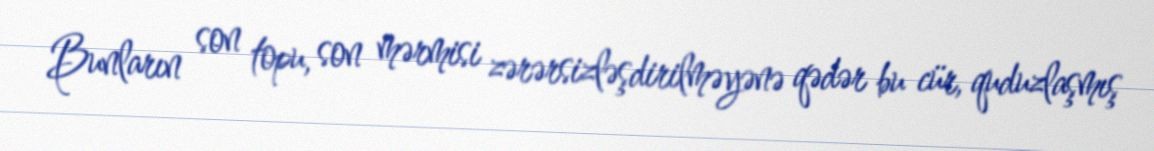
Bunların son topu, son mərmisi zərərsizləşdirilməyənə qədər bu cür, quduzlaşmış